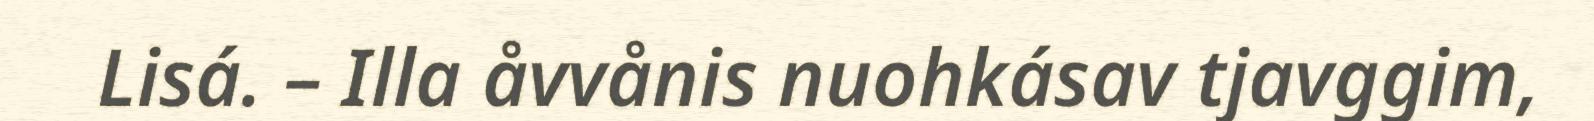
Lisá. – Illa åvvånis nuohkásav tjavggim,